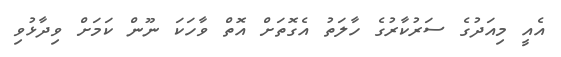
އެއީ މިއަދުގެ ސަރުކާރުގެ ހާލަތު އެގޮތަށް އޮތް ވާހަކަ ނޫން ކަމަށް ވިދާޅުވި